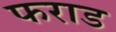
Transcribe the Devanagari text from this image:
फराड